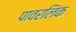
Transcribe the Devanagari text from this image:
पावरलिंक